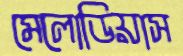
মেলোডিয়াস